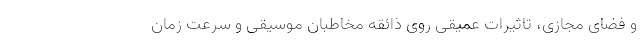
و فضای مجازی، تاثیرات عمیقی روی ذائقه مخاطبان موسیقی و سرعت زمان